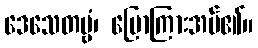
ဒေသေတဗ္ဗံ၊ ပြောကြားအပ်၏။